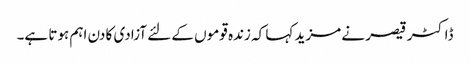
ڈاکٹر قیصر نے مزید کہا کہ زندہ قوموں کے لئے آزادی کا دن اہم ہوتا ہے۔